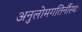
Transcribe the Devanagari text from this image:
अनुलोमगतिर्नौस्थः